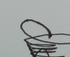
Signature authenticity: genuine